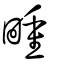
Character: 畽